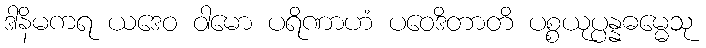
ဒါနိမကရ ယဒေဝ ဝါမော ပရိဏာဟံ ပဝေဒိတာတိ ပစ္စယုပ္ပန္နဓမ္မေသု